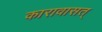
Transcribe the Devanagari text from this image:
कारावासत्